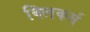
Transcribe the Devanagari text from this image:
क्लिकर्स